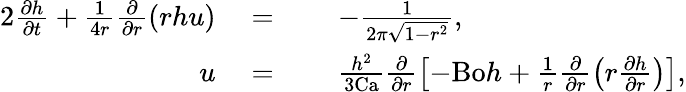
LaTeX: \begin{array}{rlrl}{{2}\frac{\partial h}{\partial t}+\frac{1}{4r}\frac{\partial}{\partial r}\left(rhu\right)}&{\; =}&&{\; -\frac{1}{2\pi\sqrt{1-r^{2}}},}\\ {u}&{\; =}&&{\; \frac{h^{2}}{3\mathrm{Ca}}\frac{\partial}{\partial r}\left[-\mathrm{Bo}h+\frac{1}{r}\frac{\partial}{\partial r}\left(r\frac{\partial h}{\partial r}\right)\right],}\end{array}